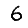
Digit: 6